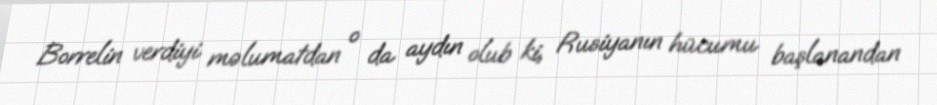
Borrelin verdiyi məlumatdan o da aydın olub ki, Rusiyanın hücumu başlanandan